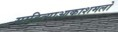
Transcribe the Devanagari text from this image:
साहित्याआकाशमलो